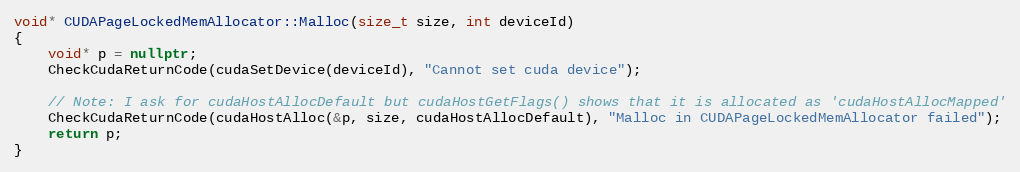
Language: C++
void* CUDAPageLockedMemAllocator::Malloc(size_t size, int deviceId)
{
    void* p = nullptr;
    CheckCudaReturnCode(cudaSetDevice(deviceId), "Cannot set cuda device");

    // Note: I ask for cudaHostAllocDefault but cudaHostGetFlags() shows that it is allocated as 'cudaHostAllocMapped'
    CheckCudaReturnCode(cudaHostAlloc(&p, size, cudaHostAllocDefault), "Malloc in CUDAPageLockedMemAllocator failed");
    return p;
}